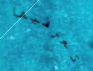
تعرفيها